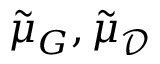
\tilde { \mu } _ { G } , \tilde { \mu } _ { \mathcal { D } }